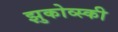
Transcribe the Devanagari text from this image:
झुकोव्स्की